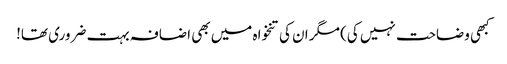
کبھی وضاحت نہیں کی) مگر ان کی تنخواہ میں بھی اضافہ بہت ضروری تھا!